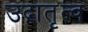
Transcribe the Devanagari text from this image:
उद्गातृत्व